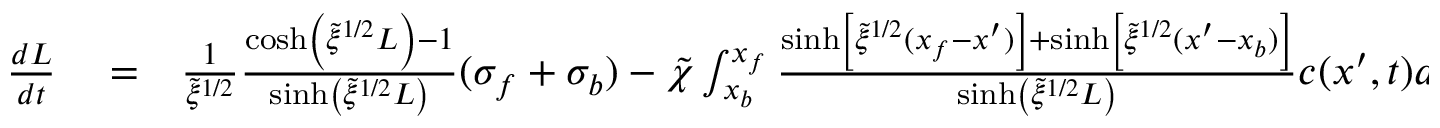
\begin{array} { r l r } { \frac { d L } { d t } } & { { } = } & { \frac { 1 } { \tilde { \xi } ^ { 1 / 2 } } \frac { \cosh \left( \tilde { \xi } ^ { 1 / 2 } L \right) - 1 } { \sinh \left( \tilde { \xi } ^ { 1 / 2 } L \right) } ( \sigma _ { f } + \sigma _ { b } ) - \tilde { \chi } \int _ { x _ { b } } ^ { x _ { f } } \frac { \sinh \left[ \tilde { \xi } ^ { 1 / 2 } ( x _ { f } - x ^ { \prime } ) \right] + \sinh \left[ \tilde { \xi } ^ { 1 / 2 } ( x ^ { \prime } - x _ { b } ) \right] } { \sinh \left( \tilde { \xi } ^ { 1 / 2 } L \right) } c ( x ^ { \prime } , t ) d x ^ { \prime } } \end{array}